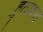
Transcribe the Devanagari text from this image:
हुताशन